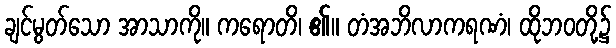
ချင်မွတ်သော အာသာကို။ ကရောတိ၊ ၏။ တံအဘိလာကရဏံ၊ ထိုဘဝတို့၌